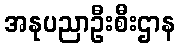
အနုပညာဦးစီးဌာန